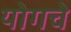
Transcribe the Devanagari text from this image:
योगचे